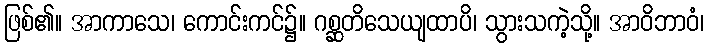
ဖြစ်၏။ အာကာသေ၊ ကောင်းကင်၌။ ဂစ္ဆတိသေယျထာပိ၊ သွားသကဲ့သို့။ အာဝိဘာဝံ၊